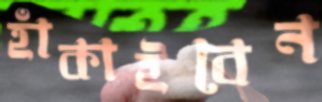
হাঁকাইবেন